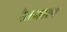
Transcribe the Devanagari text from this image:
रेलमारग